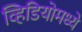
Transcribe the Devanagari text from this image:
व्हिडियोमध्ये